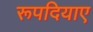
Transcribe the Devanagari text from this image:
रूपदियाए